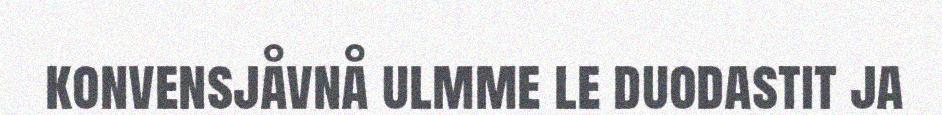
konvensjåvnå ulmme le duodastit ja